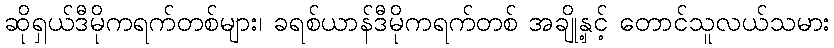
ဆိုရှယ်ဒီမိုကရက်တစ်များ၊ ခရစ်ယာန်ဒီမိုကရက်တစ် အချို့နှင့် တောင်သူလယ်သမား